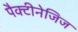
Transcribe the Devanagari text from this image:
पैक्टीनेजिज